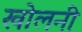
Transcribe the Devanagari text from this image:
खोलनी